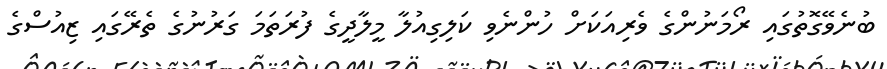
ބުނެވޭގޮތުގައި ރޯމަނުންގެ ވެރިއަކަށް ހުންނެވި ކަލިގިއުލާ މީލާދީގެ ފުރަތަމަ ގަރުނުގެ ތެރޭގައި ޒިއުސްގެ